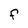
Character: F